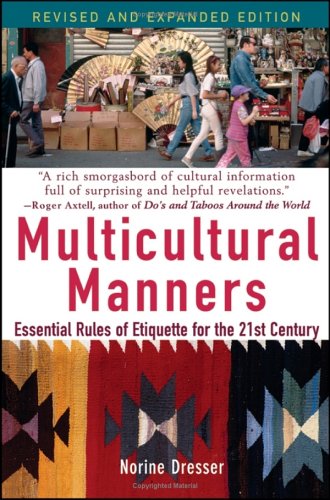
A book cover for Multicultural Manners: Essential Rules of Etiquette for the 21st Century; Norine Dresser; Reference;